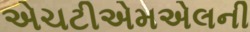
એચટીએમએલની